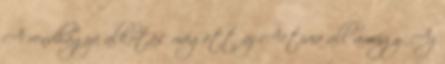
A rendhagyó alkotás mögött az Activia áll amúgy. Az